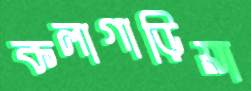
কলাগাড়িয়া